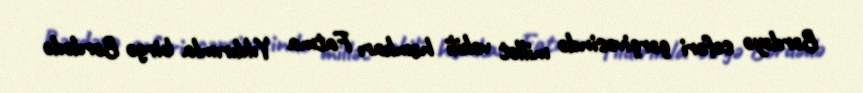
Bərdəyə səfəri çərçivəsində millət vəkili həmkarı Fatma Yıldırımla birgə Bərdədə